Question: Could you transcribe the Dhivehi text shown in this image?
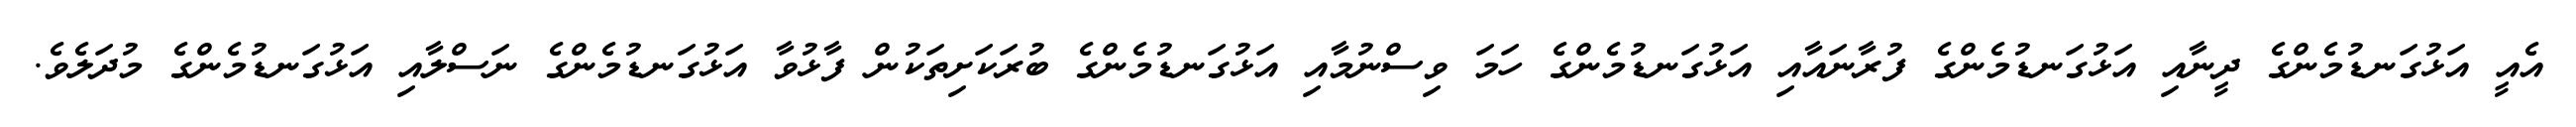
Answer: އެއީ އަޅުގަނޑުމެންގެ ދީނާއި އަޅުގަނޑުމެންގެ ފުރާނައާއި އަޅުގަނޑުމެންގެ ހަމަ ވިސްނުމާއި އަޅުގަނޑުމެންގެ ބުރަކަށިތަކުން ފާޅުވާ އަޅުގަނޑުމެންގެ ނަސްލާއި އަޅުގަނޑުމެންގެ މުދަލެވެ.